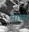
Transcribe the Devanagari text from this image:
माथ्स